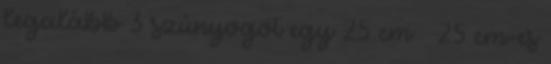
legalább 3 szúnyogot egy 25 cm × 25 cm-es